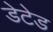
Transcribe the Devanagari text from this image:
डेटेड